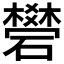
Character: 𥖯